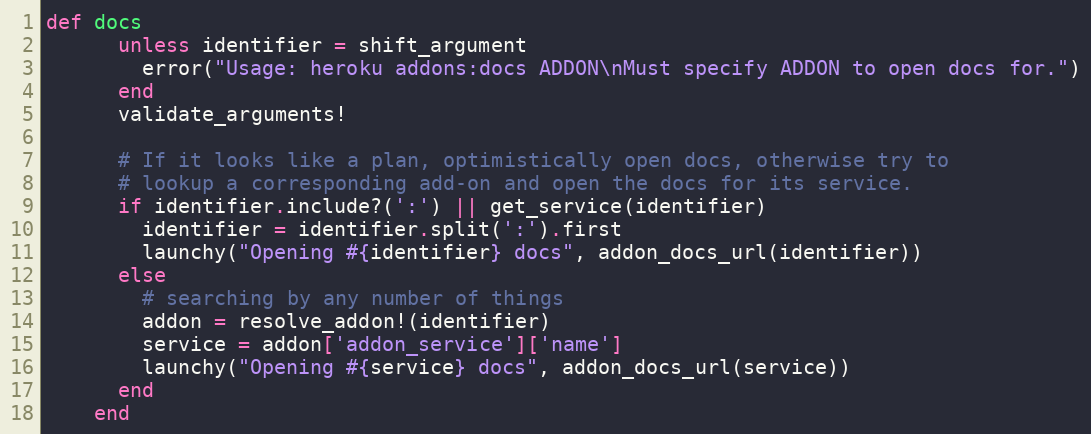
Language: Ruby
def docs
      unless identifier = shift_argument
        error("Usage: heroku addons:docs ADDON\nMust specify ADDON to open docs for.")
      end
      validate_arguments!

      # If it looks like a plan, optimistically open docs, otherwise try to
      # lookup a corresponding add-on and open the docs for its service.
      if identifier.include?(':') || get_service(identifier)
        identifier = identifier.split(':').first
        launchy("Opening #{identifier} docs", addon_docs_url(identifier))
      else
        # searching by any number of things
        addon = resolve_addon!(identifier)
        service = addon['addon_service']['name']
        launchy("Opening #{service} docs", addon_docs_url(service))
      end
    end